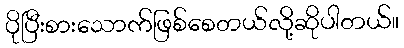
ပိုပြီးစားသောက်ဖြစ်စေတယ်လို့ဆိုပါတယ်။